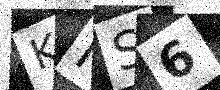
Text: KIS6